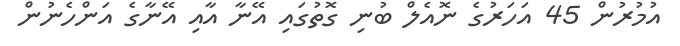
އުމުރުން 45 އަހަރުގެ ނޮއެލް ބުނި ގޮތުގައި އޭނާ އާއި އޭނާގެ އަންހެނުން